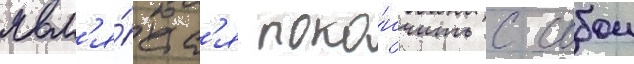
явл'я́етс'я поко́нчить с собои